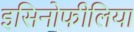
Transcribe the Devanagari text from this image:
इसिनोफीलिया